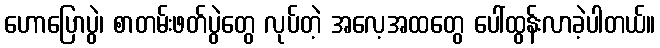
ဟောပြောပွဲ၊ စာတမ်းဖတ်ပွဲတွေ လုပ်တဲ့ အလေ့အထတွေ ပေါ်ထွန်းလာခဲ့ပါတယ်။